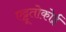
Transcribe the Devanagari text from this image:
एट्टूतोकोई